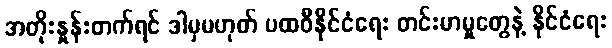
အတိုးနှုန်းတက်ရင် ဒါမှမဟုတ် ပထဝီနိုင်ငံရေး တင်းမာမှုတွေနဲ့ နိုင်ငံရေး